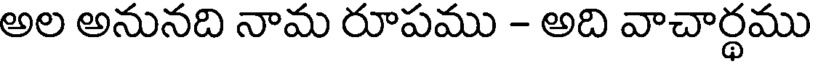
అల అనునది నామ రూపము - అది వాచార్థము